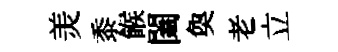
羙黍餱闔奐老立